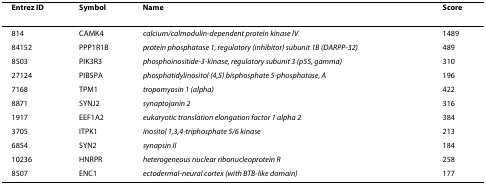
<table><thead><tr><td><b>Entrez ID</b></td><td><b>Symbol</b></td><td><b>Name</b></td><td><b>Score</b></td></tr></thead><tbody><tr><td>814</td><td>CAMK4</td><td><i>calcium/calmodulin-dependent protein kinase IV</i></td><td>1489</td></tr><tr><td>84152</td><td>PPP1R1B</td><td><i>protein phosphatase 1, regulatory (inhibitor) subunit 1B (DARPP-32)</i></td><td>489</td></tr><tr><td>8503</td><td>PIK3R3</td><td><i>phosphoinositide-3-kinase, regulatory subunit 3 (p55, gamma)</i></td><td>310</td></tr><tr><td>27124</td><td>PIB5PA</td><td><i>phosphatidylinositol (4,5) bisphosphate 5-phosphatase, A</i></td><td>196</td></tr><tr><td>7168</td><td>TPM1</td><td><i>tropomyosin 1 (alpha)</i></td><td>422</td></tr><tr><td>8871</td><td>SYNJ2</td><td><i>synaptojanin 2</i></td><td>316</td></tr><tr><td>1917</td><td>EEF1A2</td><td><i>eukaryotic translation elongation factor 1 alpha 2</i></td><td>384</td></tr><tr><td>3705</td><td>ITPK1</td><td><i>inositol 1,3,4-triphosphate 5/6 kinase</i></td><td>213</td></tr><tr><td>6854</td><td>SYN2</td><td><i>synapsin II</i></td><td>184</td></tr><tr><td>10236</td><td>HNRPR</td><td><i>heterogeneous nuclear ribonucleoprotein R</i></td><td>258</td></tr><tr><td>8507</td><td>ENC1</td><td><i>ectodermal-neural cortex (with BTB-like domain)</i></td><td>177</td></tr></tbody></table>